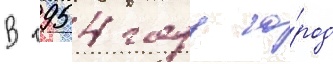
В 1954 году го́род